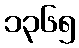
၁၃၆၅